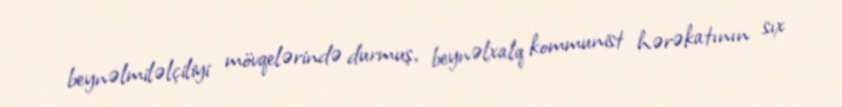
beynəlmiləlçiliyi mövqelərində durmuş, beynəlxalq kommunist hərəkatının sıx